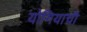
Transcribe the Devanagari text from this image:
योगियाची